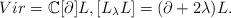
LaTeX: \begin{align*}Vir= \mathbb{C}[\partial]L, [L_\lambda L]= (\partial+ 2\lambda)L.\end{align*}